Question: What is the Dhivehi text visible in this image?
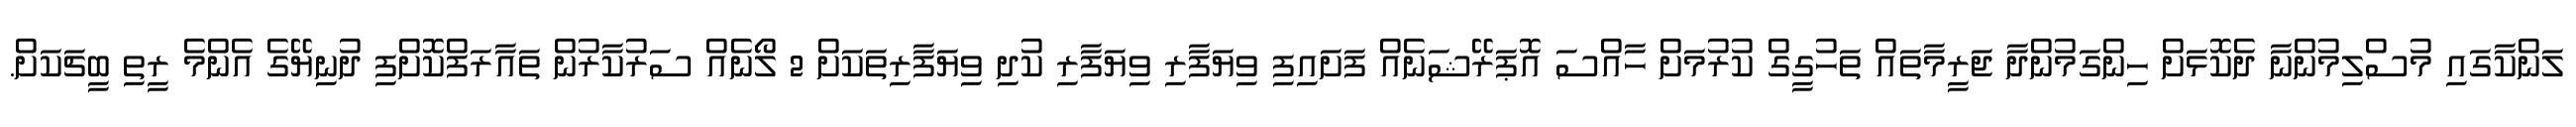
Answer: ލަންކާގައި މުސްލިމުންނާ ދެކޮޅަށް ހިންގަމުންދާ ޖަރީމާތައް ތަހުގީގް ކުރުމަށް ހާއްސަ އޮޕަރޭޝަނެއް ފަށައިފި ވިޔަފާރި ވިޔަފާރި ކުދި ވިޔަފާރިތަކަށް 2 ލޯނެއް ސަރުކާރުން ތައާރަފްކޮށްފި ދުނިޔޭގެ އެންމެ ރީތި ބީޗަކަށް.